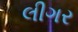
લીગર